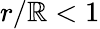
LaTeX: r/\mathbb{R}<1